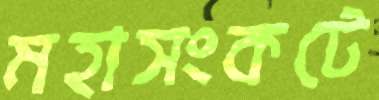
মহাসংকটে